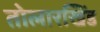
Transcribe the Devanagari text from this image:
तोलारखिंड